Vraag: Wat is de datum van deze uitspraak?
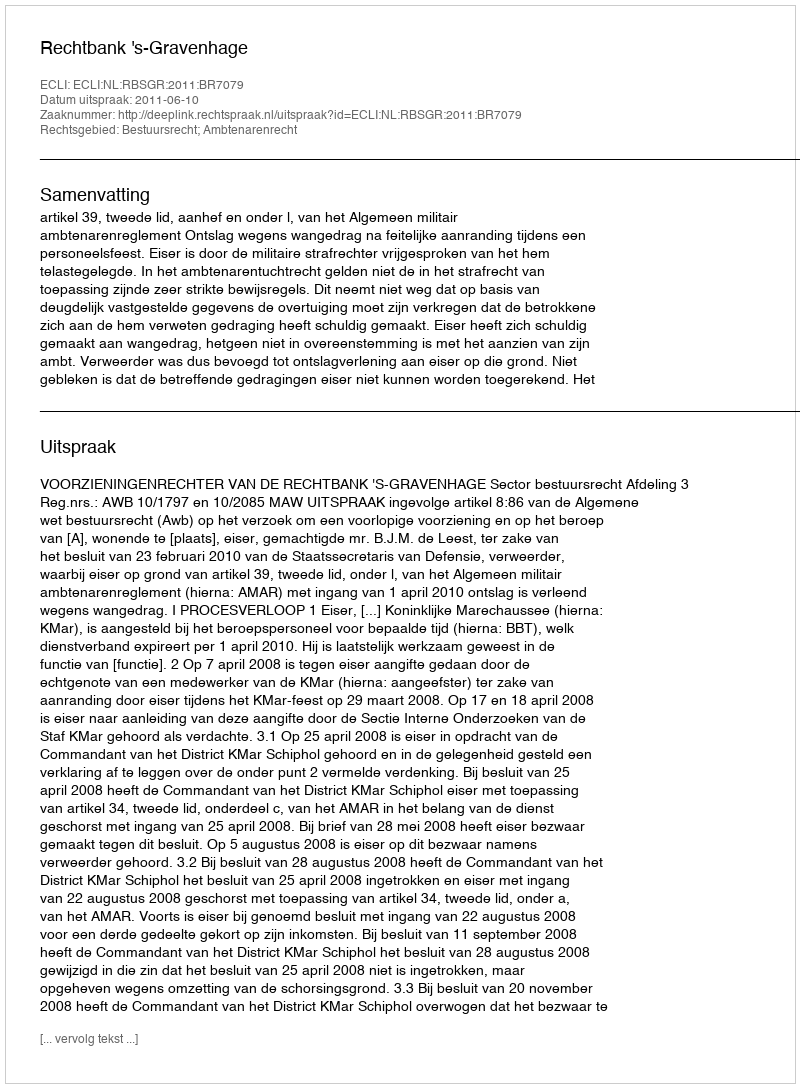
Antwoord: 2011-06-10